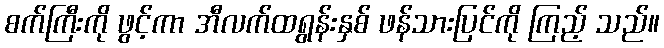
စက်ကြီးကို ဖွင့်ကာ အီလက်ထရွန်းနှစ် ဖန်သားပြင်ကို ကြည့် သည်။